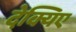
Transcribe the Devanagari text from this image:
देक्यिए